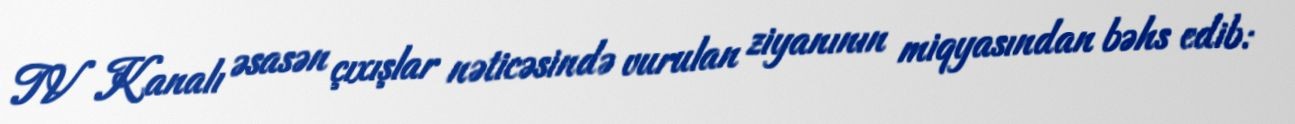
TV Kanalı əsasən çıxışlar nəticəsində vurulan ziyanının miqyasından bəhs edib: